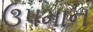
ઉપમાન